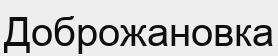
Доброжановка